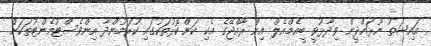
އައިޝަތު ނޫރައްދީން ވިދާޅުވީ ބީއެމްއެލް އިން ރާއްޖޭގެ އެކި ކަންކޮޅުތަކުގައި ކުރަމުންދާ އިންވެސްޓުމެންޓުތަކަށް